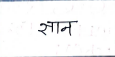
मजकूर: सान